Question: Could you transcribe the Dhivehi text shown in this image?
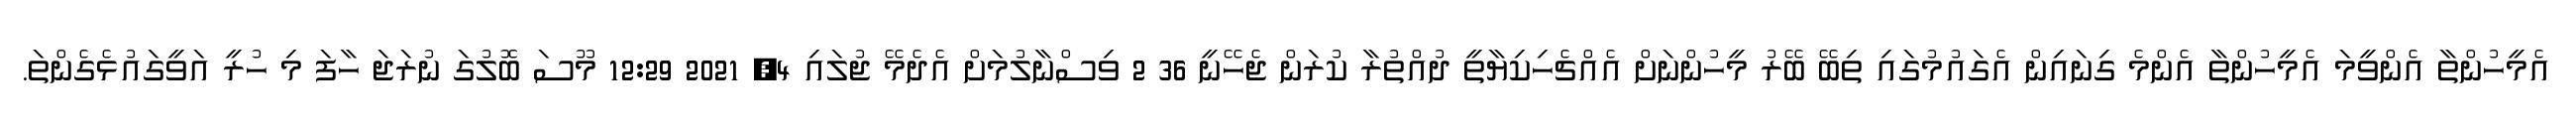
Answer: އެމީހުންތާ އެންވީމަ އެމީހުންތާ އެންމެ ގިނައިން އެގައުމުގައި ތިބޭ ބޭރު މީހުންނަށް އެއްޗެހިކިޔާތީ ދުއްތުރާ ކުރަން ޖެހޭނީ 36 2 ވިސްނާލުމަށް އެދެމޭ ޖުލައި 4, 2021 12:29 މޫސަ ބޮލުގަ ނުރަޖަ ހާފަ މި ހުރީ އަވީގައުޅެގެންތަ.